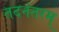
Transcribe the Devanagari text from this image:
तदनंतरम्